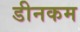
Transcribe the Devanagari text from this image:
डीनकम